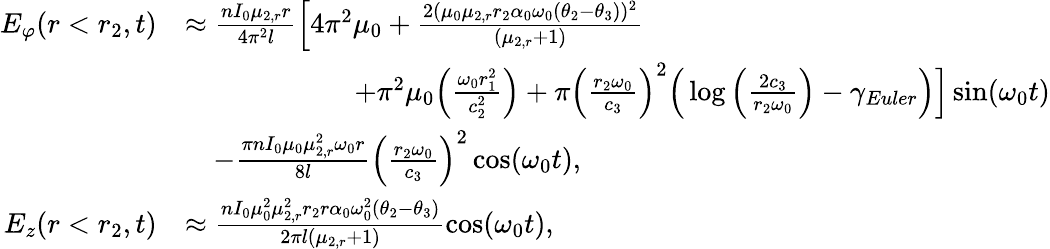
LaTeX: \begin{array}{rl}{E_{\varphi}(r<r_{2},t)}&{\approx\frac{nI_{0}\mu_{2,r}r}{4\pi^{2}l}\Big[4\pi^{2}\mu_{0}+\frac{2(\mu_{0}\mu_{2,r}r_{2}\alpha_{0}\omega_{0}(\theta_{2}-\theta_{3}))^{2}}{(\mu_{2,r}+1)}}\\ &{\qquad\qquad\qquad+\pi^{2}\mu_{0}\Big(\frac{\omega_{0}r_{1}^{2}}{c_{2}^{2}}\Big)+\pi\Big(\frac{r_{2}\omega_{0}}{c_{3}}\Big)^{2}\Big(\log\Big(\frac{2c_{3}}{r_{2}\omega_{0}}\Big)-\gamma_{Euler}\Big)\Big]\sin(\omega_{0}t)}\\ &{\quad-\frac{\pi nI_{0}\mu_{0}\mu_{2,r}^{2}\omega_{0}r}{8l}\Big(\frac{r_{2}\omega_{0}}{c_{3}}\Big)^{2}\cos(\omega_{0}t),}\\ {E_{z}(r<r_{2},t)}&{\approx\frac{nI_{0}\mu_{0}^{2}\mu_{2,r}^{2}r_{2}r\alpha_{0}\omega_{0}^{2}(\theta_{2}-\theta_{3})}{2\pi l(\mu_{2,r}+1)}\cos(\omega_{0}t),}\end{array}